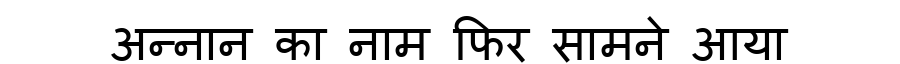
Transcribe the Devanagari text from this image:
अन्नान का नाम फिर सामने आया